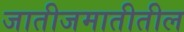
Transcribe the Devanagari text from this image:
जातीजमातीतील